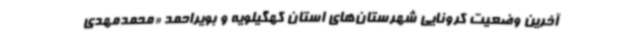
آخرین وضعیت کرونایی شهرستان‌های استان کهگیلویه و بویراحمد «محمدمهدی